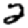
Digit: 2